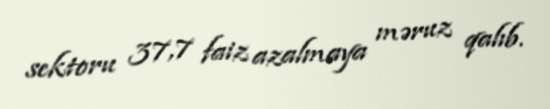
sektoru 37,7 faiz azalmaya məruz qalıb.